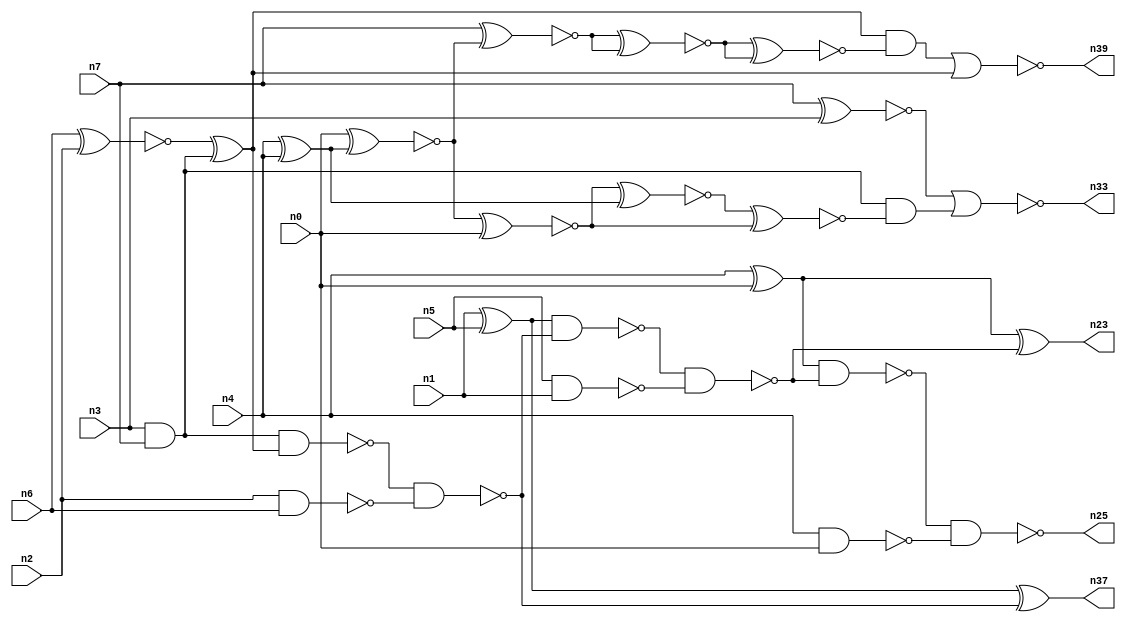
// This program was cloned from: https://github.com/umar-afzaal/ReCkt
// License: MIT License

// This file contains a pareto-optimal circuit with respect to pdp and the fault-resilince parameter p_fault which is defined as:
// "For all input vectors, the ratio of the no. of faults observable at the POs to the no. of total possible faults in the circuit".
// This code is part of the ReCkt library (https://github.com/umar-afzaal/ReCkt) distributed under The MIT License.
// When used, please cite the following article(s):
// U. Afzaal, A.S. Hassan, M. Usman and J.A. Lee, "On the Evolutionary Synthesis of Increased Fault-resilience Arithmetic Circuits".

// p_fault = 64.3 %    (Lower is better)
// gates = 31.0
// levels = 8
// area = 43.59    (For MCNC library relative to nand2)
// power = 158.9 uW    (Berkely-SIS for MCNC library @ Vdd=5V and 20 MHz clock)
// delay = 13.6 ns    (Berkely-ABC for MCNC library)
// PDP = 2.16104e-12 J

// Pin mapping:
// {n0, n1, n2, n3} = A[3:0]
// {n4, n5, n6, n7} = B[3:0]
// {n25, n23, n37, n39, n33} = O[4:0]

module addr4u_pdp_17 (
n0, n1, n2, n3, n4, n5, n6, n7, 
n25, n23, n37, n39, n33
);

input n0, n1, n2, n3, n4, n5, n6, n7;
output n25, n23, n37, n39, n33;
wire n29, n38, n13, n18, n24, n20, n9, n14, n16, n35, n22, n8, n15, n32, n10, n31, n26, n19, n21, n36, 
n27, n11, n28, n12, n17, n34;

and (n8, n3, n7);
xnor (n9, n6, n2);
xor (n10, n1, n5);
nand (n11, n5, n1);
nand (n12, n4, n0);
nand (n13, n2, n6);
xnor (n14, n7, n3);
xor (n15, n4, n0);
xor (n16, n9, n8);
nand (n17, n8, n16);
xor (n18, n4, n4);
nand (n19, n17, n13);
nand (n20, n10, n19);
xnor (n21, n10, n19);
nand (n22, n20, n11);
xor (n23, n15, n22);
nand (n24, n15, n22);
nand (n25, n24, n12);
xnor (n26, n0, n18);
xnor (n27, n26, n0);
xnor (n28, n27, n18);
xnor (n29, n28, n27);
and (n31, n8, n29);
xnor (n32, n7, n26);
nor (n33, n14, n31);
xnor (n34, n32, n32);
xnor (n35, n34, n34);
not (n36, n21);
and (n37, n36, n36);
and (n38, n16, n35);
nor (n39, n38, n16);

endmodule